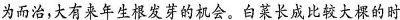
为而治，大有来年生根发芽的机会。白菜长成比较大棵的时